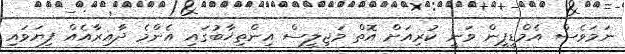
ނަމަވެސް އެމްޑީޕީން ވަނީ ކުރިއަށް އޮތް މަޖިލީސް އިންތިޚާބުގައި އެންމެ ދާއިރާއެއް ފިޔަވައި